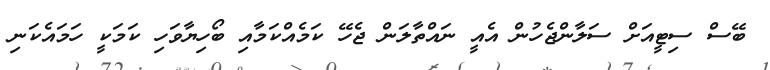
ބޭސް ސިޓީއަަށް ސަލާންޖެހުން އެއީ ނައްތާލަން ޖެހޭ ކަމެއްކަމާއި ބޯހިޔާވަހި ކަމަކީ ހަމައެކަނި